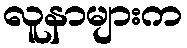
လူနာများက